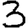
Digit: 3